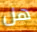
هل